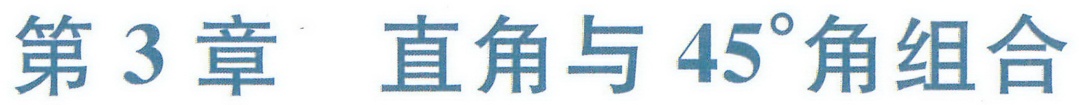
第3章 直角与\(45^{\circ}\)角组合